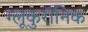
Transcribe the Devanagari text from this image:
ग्लूकुरॉनिक